Cholera in southern India
Disease focus: Cholera
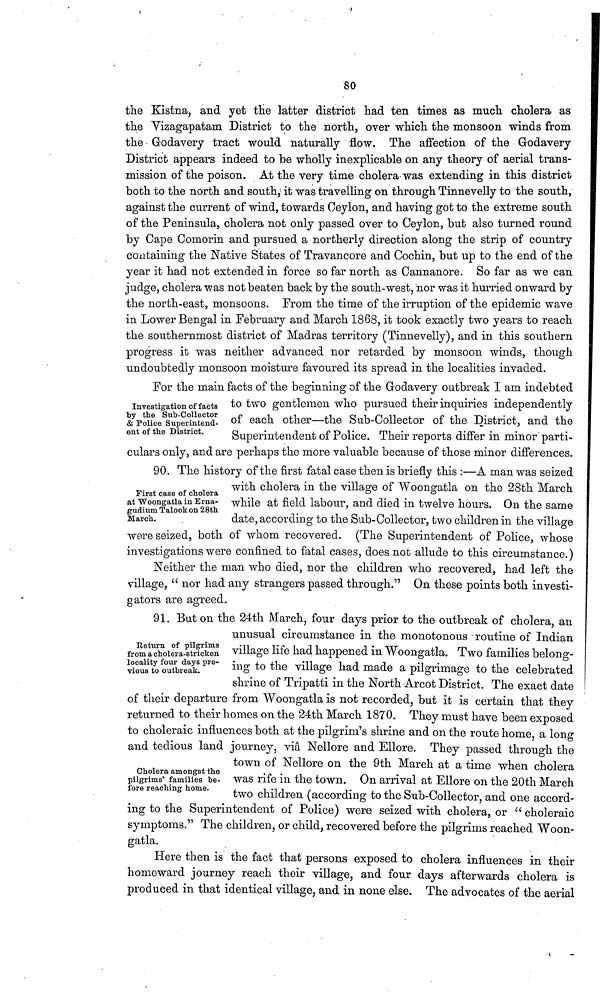
80
the Kistna, and yet the latter district had ten times as much cholera as
the Vizagapatam District to the north, over which the monsoon winds from
the Grodavery tract would naturally flow. The affection of the Grodavery
District appears indeed to be wholly inexplicable on any theory of aerial trans-
mission of the poison. At the very time cholera was extending in this district
both to the north and south, it was travelling on through Tinnevelly to the south,
against the current of wind, towards Ceylon, and having got to the extreme south
of the Peninsula, cholera not only passed over to Ceylon, but also turned round
by Cape Comorin and pursued a northerly direction along the strip of country
containing the Native States of Travancore and Cochin, but up to the end of the
year it had not extended in force so far north as Cannanore. So far as we can
judge, cholera was not beaten back by the south-west, nor was it hurried onward by
the north-east, monsoons. From the time of the irruption of the epidemic wave
in Lower Bengal in February and March 1868, it took exactly two years to reach
the southernmost district of Madras territory (Tinnevelly), and in this southern
progress it was neither advanced nor retarded by monsoon winds, though
undoubtedly monsoon moisture favoured its spread in the localities invaded.
Investigation of facts
by the Sub-Collector
& Police Superintend-
ent of the District.
For the main facts of the beginning of the Godavery outbreak I am indebted
to two gentlemen who pursued their inquiries independently
of each other—the Sub-Collector of the District, and the
Superintendent of Police. Their reports differ in minor parti-
culars only, and are perhaps the more valuable because of those minor differences.
First case of cholera
at Woongatla in Erna-
gudium Talook on 28th
March.
90. The history of the first fatal case then is briefly this :—A man was seized
with cholera in the village of Woongatla on the 28th March
while at field labour, and died in twelve hours. On the same
date, according to the Sub-Collector, two children in the village
were seized, both of whom recovered. (The Superintendent of Police, whose
investigations were confined to fatal cases, does not allude to this circumstance.)
Neither the man who died, nor the children who recovered, had left the
village, " nor had any strangers passed through." On these points both investi-
gators are agreed.
Return of pilgrims
from a cholera-stricken
locality four days pre-
vious to outbreak.
91. But on the 24th March, four days prior to the outbreak of cholera, an
unusual circumstance in the monotonous routine of Indian
village life had happened in Woongatla. Two families belong-
ing to the village had made a pilgrimage to the celebrated
shrine of Tripatti in the North Arcot District. The exact date
of their departure from Woongatla is not recorded, but it is certain that they
returned to their homes on the 24th March 1870. They must have been exposed
to choleraic influences both at the pilgrim's shrine and on the route home, a long-
and tedious land journey, vi<w> Nellore and Ellore. They passed through the
Cholera amongst the
pilgrims' families be-
fore reaching home.
town of Nellore on the 9th March at a time when cholera
was rife in the town. On arrival at Ellore on the 20th March
two children (according to the Sub-Collector, and one accord-
ing to the Superintendent of Police) were seized with cholera, or " choleraic
symptoms." The children, or child, recovered before the pilgrims reached Woon-
gatla.
Here then is the fact that persons exposed to cholera influences in their
homeward journey reach their village, and four days afterwards cholera is
produced in that identical village, and in none else. The advocates of the aerial